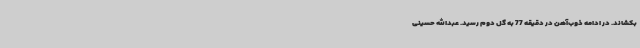
بکشاند. در ادامه ذوب‌آهن در دقیقه 77 به گل دوم رسید. عبدالله حسینی